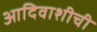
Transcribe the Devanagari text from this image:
आदिवाशीची